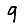
Digit: 9